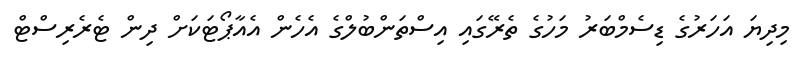
މިދިޔަ އަހަރުގެ ޑިސެމްބަރު މަހުގެ ތެރޭގައި އިސްތަންބުލްގެ އެހެން އެއާޕޯޓަކަށް ދިން ޓެރެރިސްޓް